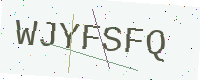
Text: WJYFSFQ